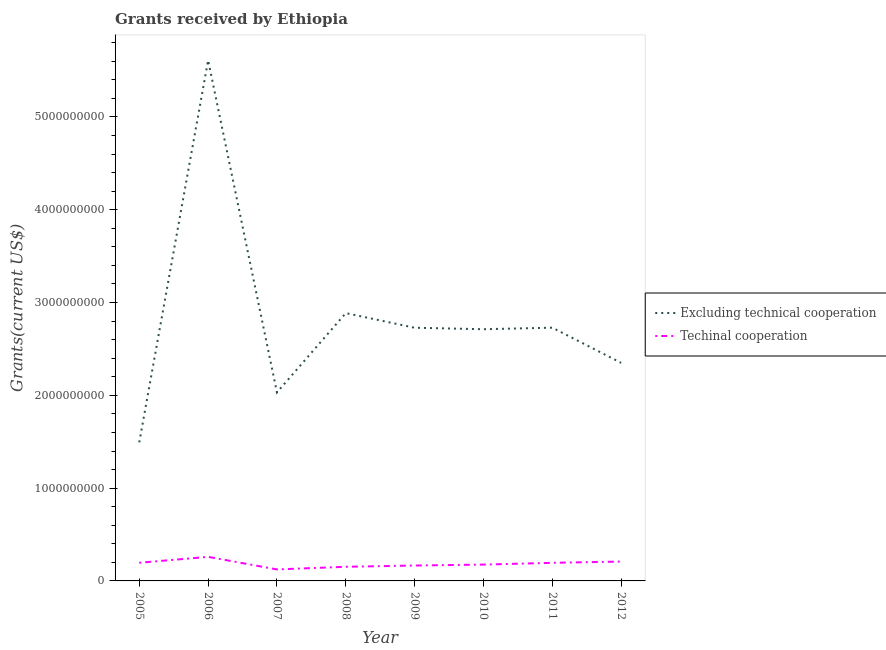
| Year | Excluding technical cooperation | Techinal cooperation |
 | --- | --- | --- |
 | 2005 | 1.49e+09 | 1.96e+08 |
 | 2006 | 5.61e+09 | 2.59e+08 |
 | 2007 | 2.03e+09 | 1.24e+08 |
 | 2008 | 2.89e+09 | 1.52e+08 |
 | 2009 | 2.73e+09 | 1.66e+08 |
 | 2010 | 2.71e+09 | 1.76e+08 |
 | 2011 | 2.73e+09 | 1.95e+08 |
 | 2012 | 2.35e+09 | 2.09e+08 |